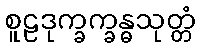
စူဠဒုက္ခက္ခန္ဓသုတ္တံ